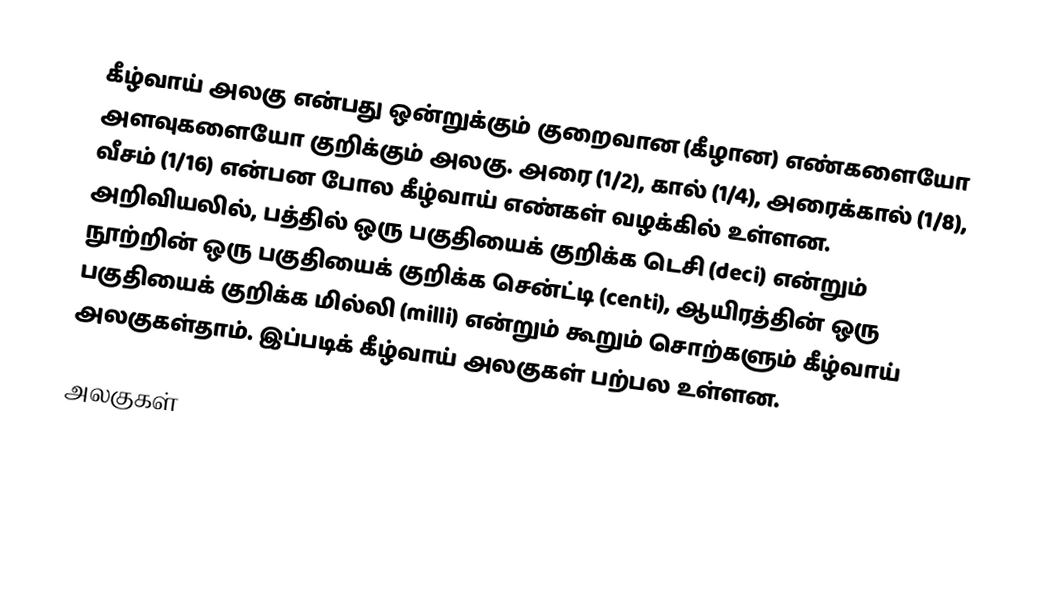
கீழ்வாய் அலகு என்பது ஒன்றுக்கும் குறைவான (கீழான) எண்களையோ அளவுகளையோ குறிக்கும் அலகு. அரை (1/2), கால் (1/4), அரைக்கால் (1/8), வீசம் (1/16) என்பன போல கீழ்வாய் எண்கள் வழக்கில் உள்ளன. அறிவியலில், பத்தில் ஒரு பகுதியைக் குறிக்க டெசி (deci) என்றும் நூற்றின் ஒரு பகுதியைக் குறிக்க சென்ட்டி (centi), ஆயிரத்தின் ஒரு பகுதியைக் குறிக்க மில்லி (milli) என்றும் கூறும் சொற்களும் கீழ்வாய் அலகுகள்தாம். இப்படிக் கீழ்வாய் அலகுகள் பற்பல உள்ளன.

அலகுகள்